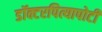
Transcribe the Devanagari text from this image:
डॉक्टरपित्यापोटी